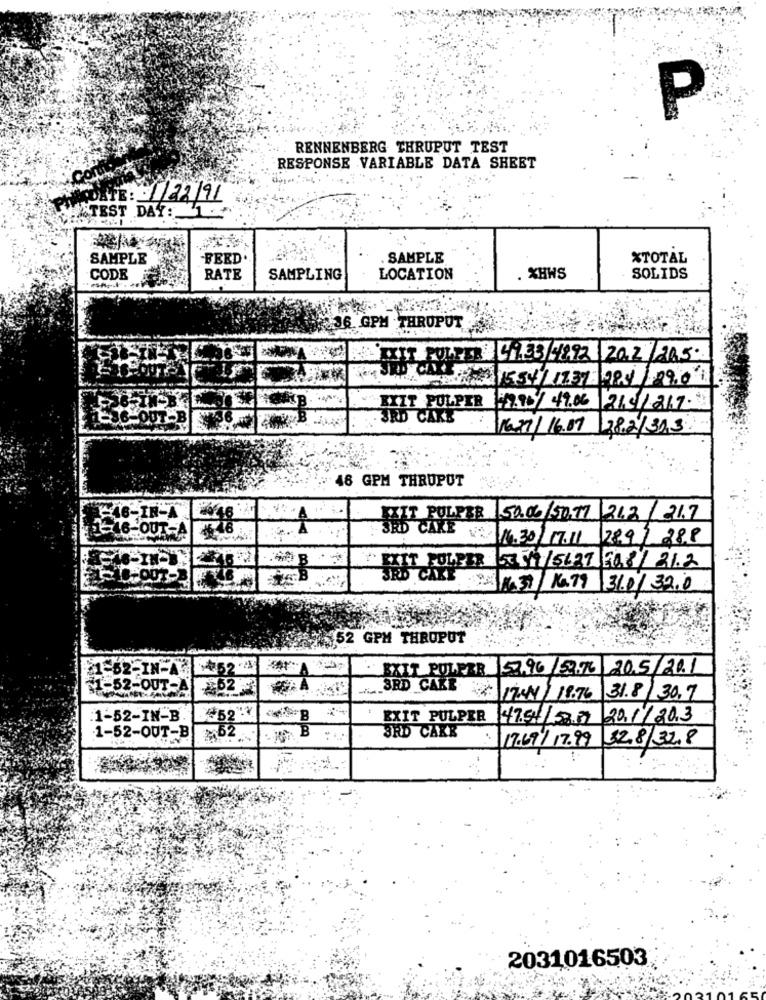
P
RENNENBERG THRUPUT TEST
RESPONSE VARIABLE DATA SHEET
Con
MONTE: 1/22/91
TEST DAY:
SAMPLE
FEED.
SAMPLE
%TOTAL
CODE
RATE
SAMPLING
LOCATION
XHWS
SOLIDS
36 GPM . THRUPUT
EXIT POLLER 49.33/4892 202/205
EXIT POLPER 42.15/ 49.06 2191267.
3RD CAKE
16.29/16.07 282/30,3
48 GPM THRUPUT
-46-IN-A
FAIT PULPER 50.06/50.77 21.2/ 31.7
1-46 OUT-A
: 16.30/17.11 289 / 288
SET FOLDER 53 51/5437 808/ 31.2
1.37/16.79 31.0/32.0
452 GPM THROPUT
E62-IN-A-+524
BXIT POLFER
53.96/5976 20.5/201
21-52-OUT-A
3RD CARE : 174/ 18.76
31.8 30.7
52".7
1-52-IN-B
KIT PULPER
47.54/53.37
20/1/2013
B
1-52-OUT-B
≥62
CAKE
17.69/ 17.99 32.8 32.8
2031016503